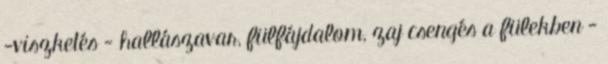
-viszketés - hallászavar, fülfájdalom, zaj csengés a fülekben -